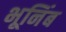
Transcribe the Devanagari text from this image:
भूनिंब